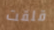
قلقت